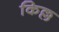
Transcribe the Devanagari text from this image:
किल्ल